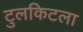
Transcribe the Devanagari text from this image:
टुलकिटला